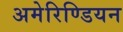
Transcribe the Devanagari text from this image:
अमेरिण्डियन